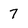
Character: 7